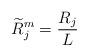
LaTeX: \begin{align*}\widetilde{R}_j^m = \frac{{{R_j}}}{L}\end{align*}